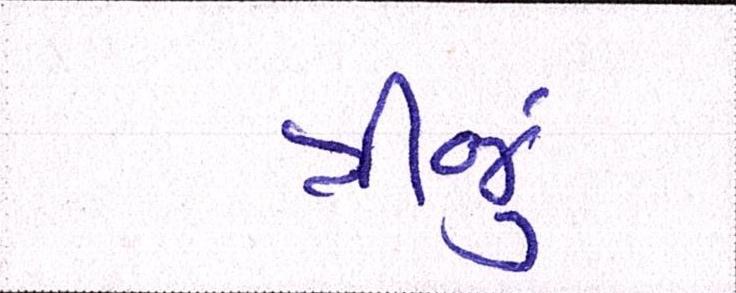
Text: ત્રીજું